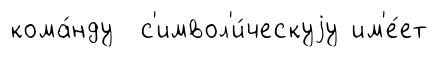
кома́нду с'имвол'и́ческуjу им'е́ет